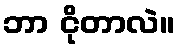
ဘာ ငိုတာလဲ။